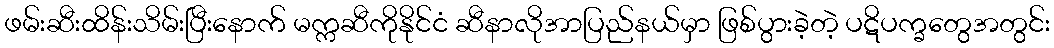
ဖမ်းဆီးထိန်းသိမ်းပြီးနောက် မက္ကဆီကိုနိုင်ငံ ဆီနာလိုအာပြည်နယ်မှာ ဖြစ်ပွားခဲ့တဲ့ ပဋိပက္ခတွေအတွင်း